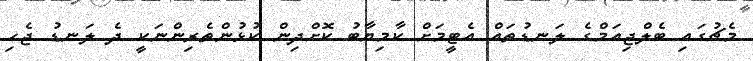
މެޗުގައި ބެލްޖިއަމްގެ ލަނޑުތައް އެޓީމަށް ކާމިޔާބު ކޮށްދިން ކުޅުންތެރިންނަކީ ދެ ލަނޑު ޖެހި